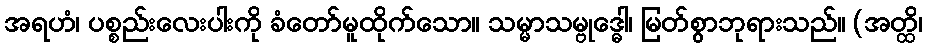
အရဟံ၊ ပစ္စည်းလေးပါးကို ခံတော်မူထိုက်သော။ သမ္မာသမ္ဗုဒ္ဓေါ၊ မြတ်စွာဘုရားသည်။ (အတ္ထိ၊